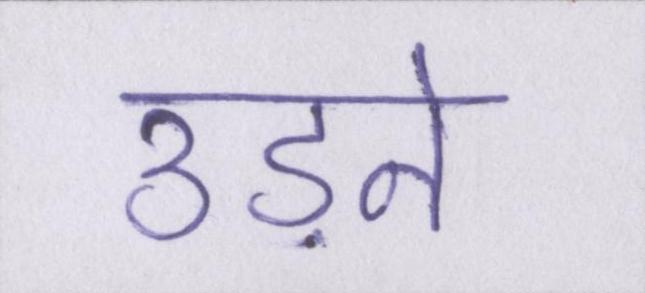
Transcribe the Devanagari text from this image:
उड़ने